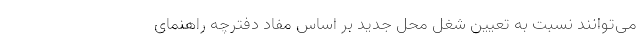
می‌توانند نسبت به تعیین شغل محل جدید بر اساس مفاد دفترچه راهنمای